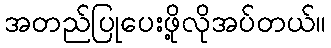
အတည်ပြုပေးဖို့လိုအပ်တယ်။